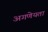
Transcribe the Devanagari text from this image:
अगणेयता